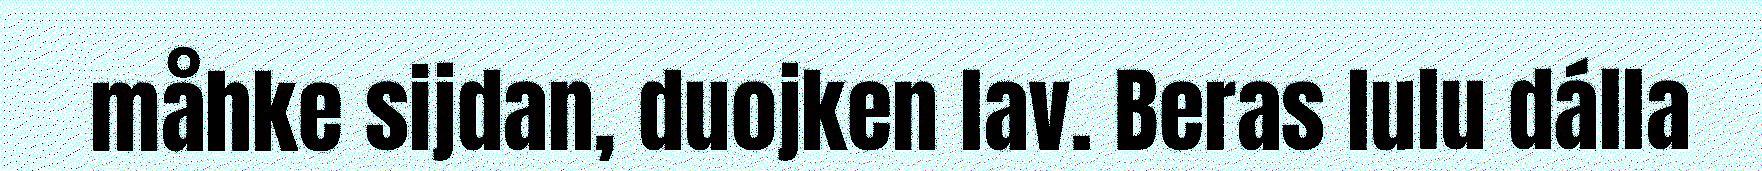
måhke sijdan, duojken lav. Beras lulu dálla